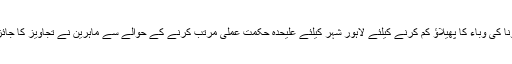
کورونا کی وباء کا پھیلاؤ کم کرنے کیلئے لاہور شہر کیلئے علیحدہ حکمت عملی مرتب کرنے کے حوالے سے ماہرین نے تجاویز کا جائزہ لیا۔